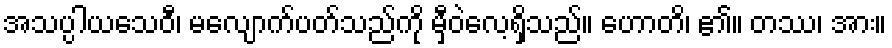
အသပ္ပါယသေဝီ၊ မလျောက်ပတ်သည်ကို မှီဝဲလေ့ရှိသည်။ ဟောတိ၊ ၏။ တဿ၊ အား။